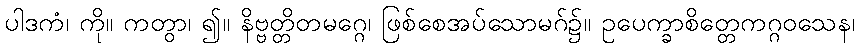
ပါဒကံ၊ ကို။ ကတွာ၊ ၍။ နိဗ္ဗတ္တိတမဂ္ဂေ၊ ဖြစ်စေအပ်သောမဂ်၌။ ဥပေက္ခာစိတ္တေကဂ္ဂဝသေန၊